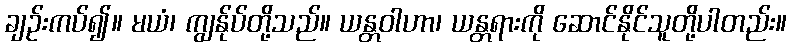
ချဉ်းကပ်၍။ မယံ၊ ကျွန်ုပ်တို့သည်။ ယန္တဝါဟာ၊ ယန္တရားကို ဆောင်နိုင်သူတို့ပါတည်း။